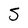
Character: S